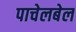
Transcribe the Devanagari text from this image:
पाचेलबेल